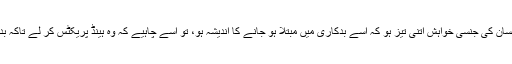
بعض علماء کا موقف یہ بھی ہے کہ اگر انسان کی جنسی خواہش اتنی تیز ہو کہ اسے بدکاری میں مبتلا ہو جانے کا اندیشہ ہو، تو اسے چاہیے کہ وہ ہینڈ پریکٹس کر لے تاکہ بدکاری جیسے عظیم گناہ سے محفوظ رہے۔